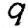
Digit: 9